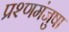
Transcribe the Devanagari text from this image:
प्रश्णमंजुषा